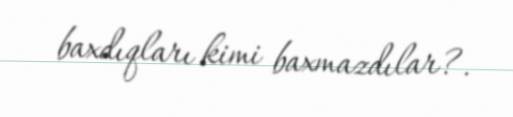
baxdıqları kimi baxmazdılar?.